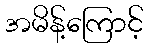
အမိန့်ကြောင့်